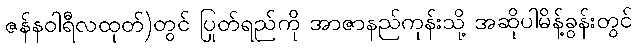
ဇန်နဝါရီလထုတ်)တွင် ပြုတ်ရည်ကို အာဇာနည်ကုန်းသို့ အဆိုပါမိန့်ခွန်းတွင်